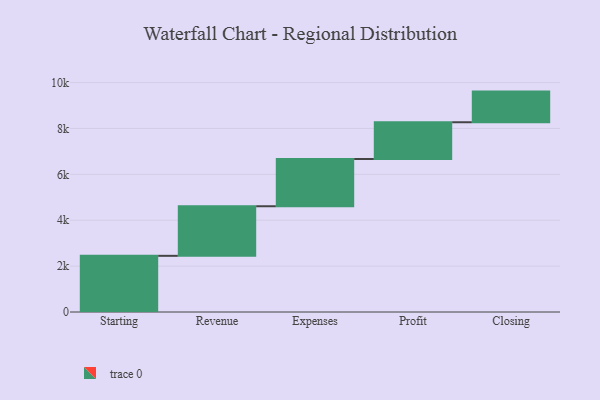
{"axis": {"x": "Step", "y": "Value"}, "legend": [""], "data": [{"x": "Starting", "y": 2448.0, "type": ""}, {"x": "Revenue", "y": 2161.0, "type": ""}, {"x": "Expenses", "y": 2059.0, "type": ""}, {"x": "Profit", "y": 1602.0, "type": ""}, {"x": "Closing", "y": 1336.0, "type": ""}]}